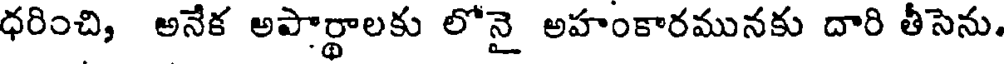
ధరించి, అనేక అపార్థాలకు లోనై అహంకారమునకు దారి తీసెను.